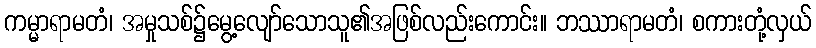
ကမ္မာရာမတံ၊ အမှုသစ်၌မွေ့လျော်သောသူ၏အဖြစ်လည်းကောင်း။ ဘဿာရာမတံ၊ စကားတုံ့လှယ်